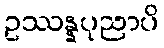
ဥဿန္နပုညာပိ